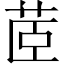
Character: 茝